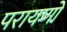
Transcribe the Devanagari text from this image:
परायणों